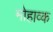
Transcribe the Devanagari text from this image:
मोहाव्क